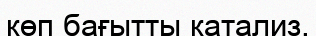
көп бағытты катализ.